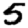
Digit: 5